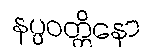
နပ္ပဝတ္တိနော